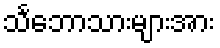
သင်္ဘောသားများအား